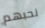
نحبهم